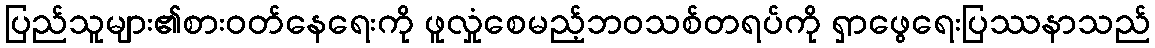
ပြည်သူများ၏စားဝတ်နေရေးကို ဖူလှုံစေမည့်ဘဝသစ်တရပ်ကို ရှာဖွေရေးပြဿနာသည်